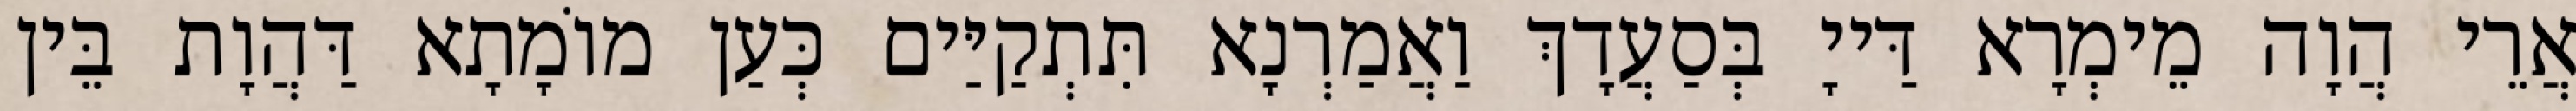
אֲרֵי הֲוָה מֵימְרָא דַּייָ בְּסַעֲדָךְ וַאֲמַרְנָא תִּתְקַיַּים כְּעַן מוֹמָתָא דַּהֲוָת בֵּין